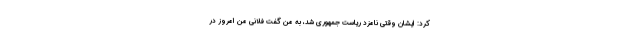
کرد: ایشان وقتی نامزد ریاست جمهوری شد، به من گفت فلانی من امروز در